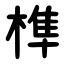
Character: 榫